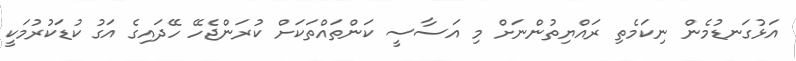
އަޅުގަނޑުމެން ނިކަމެތި ރައްޔިތުންނަށް މި އަސާސީ ކަންތައްތަކަށް ކުރަންޖެހޭ ހޭދައިގެ އަގު ކުޑަކުރުމަކީ